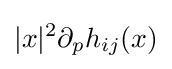
|x|^{2}\partial _{p}h_{ij}(x)